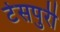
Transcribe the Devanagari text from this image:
टेसपुरी